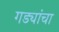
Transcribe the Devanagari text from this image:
गड्यांचा